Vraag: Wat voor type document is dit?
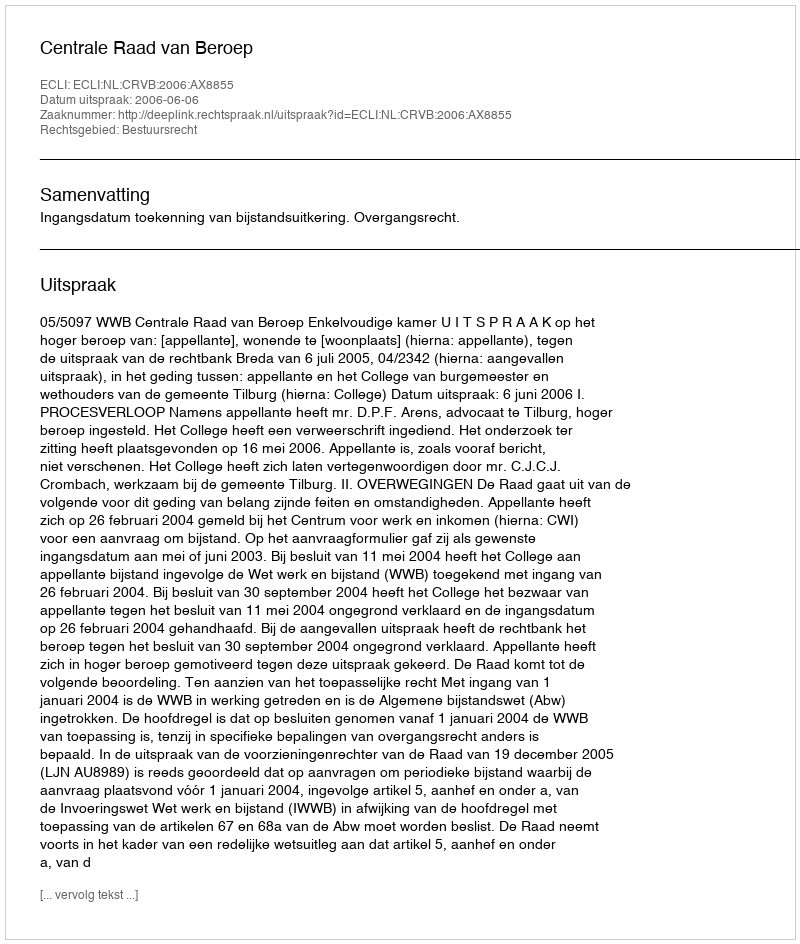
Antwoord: Uitspraak